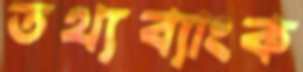
তথ্যব্যাংক